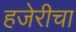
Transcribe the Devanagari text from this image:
हजेरीचा